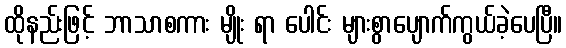
ထိုနည်းဖြင့် ဘာသာစကား မျိုး ရာ ပေါင်း များစွာပျောက်ကွယ်ခဲ့ပေပြီ။